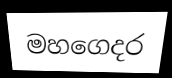
මහගෙදර